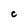
Character: c